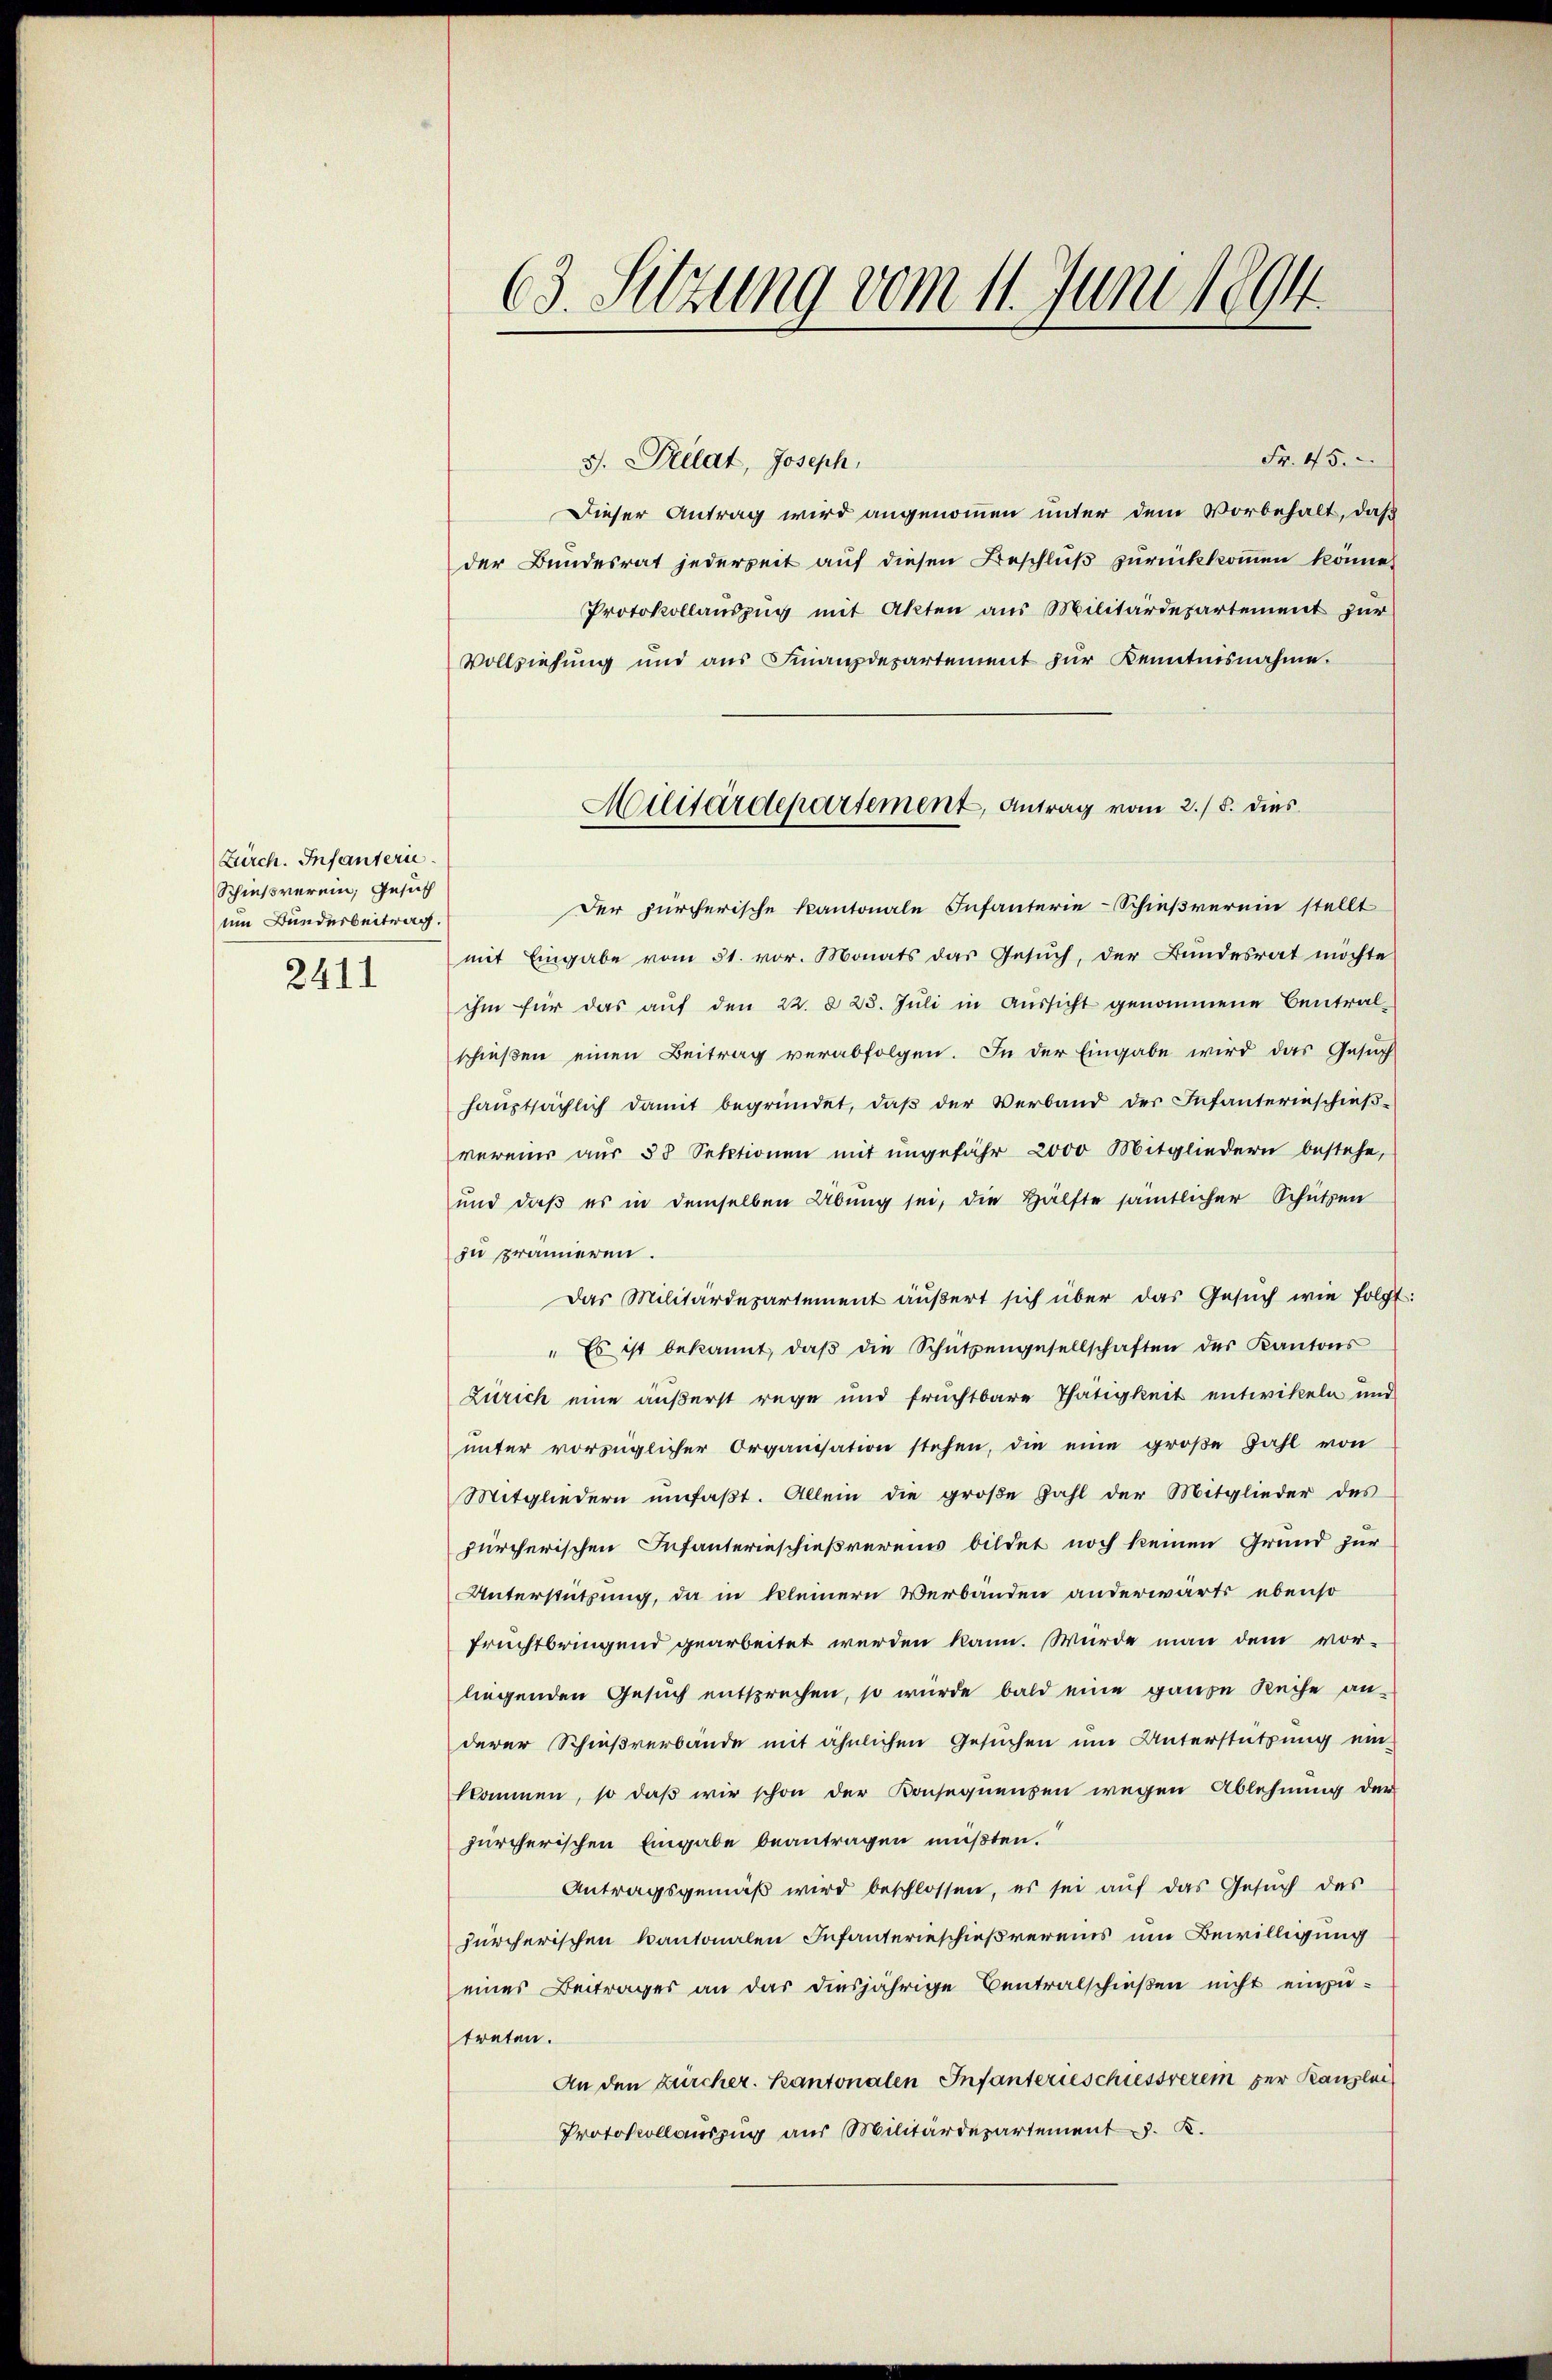
Zürch. Infanterie.
Schießverein, Gesuch
um Bunderbeitrag.
2411

Fr. 45.
3. Pellat, Joseph,
Dieser Antrag wird angenommen unter dem Vorbehalt, daß
der Bundesrat jederzeit auf diesen Beschluß zurückkommen könne,
Protokollauszug mit Akten aus Militärdepartement zur
Vollziehŭng und aŭs Finanzdepartement zŭr Kenntnisnahme.
Der zürcherische Kantonale Infanterie-Schießverein stellt
mit Eingabe vom 31. vor. Monats das Gesuch, der Bundesrat möchte
ihm für das aŭf den 22. § 23. Jŭli in Aŭssicht genommene Central-
schießen einen Beitrag verabfolgen. In der Eingabe wird das Gesuch
hauptsächlich damit begründet, daß der Verband der Infanterinschießvereine aŭs 35 Sektionen mit ungefähr 2000 Mitgliedern bestehe,
und daß es in demselben Übung sei, die Hälfte sämtlicher Schützen
zu prämieren.
Das Militärdepartement äußert sich über das Gesŭch wie folgt:
" Es ist bekannt, daβ die Schützengesellschaften des Kantons
Zürich eine äußerst rege und fruchtbare Thätigkeit entwikeln und
ŭnter vorzüglicher Organisation stehen, die eine groβe Zahl von
Mitgliedern umfaßt. Allein die große Zahl der Mitglieder des
zürcherischen Infanterieschießvereins bildet noch keinen Grund zur
Unterstützung, da in kleinern Verbänden anderwärts ebenso
fruchtbringend gearbeitet werden kann. Wurde man dem vor-
liegenden Gesuch entsprechen, so würde bald eine ganze Reihe an-
derer Schießverbände mit ähnlichen Gesuchen um Unterstützung ein-
kkommen, so daß wir schon der Konsequensen wegen Ablehnung der
zürcherischen Eingabe beantragen müßten.
Antragsgemäß wird beschlossen, es sei auf das Gesuch des
fürcherischen kantonalen Infanterieschießvereins um Bewilligung
eines Beitrages an das diesjährige Centralschießen nicht einzutreten.
An den Zürcher. Kantonalen Infanterieschiesserem zur Kanzlei
Protokollauszug aus Militärdepartement. K.

63. Sitzung vom 11. Juni 1894.

Militärdepartement, Antrag vom 2./5. dies